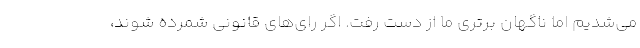
می‌شدیم اما ناگهان برتری ما از دست رفت. اگر رای‌های قانونی شمرده شوند،